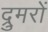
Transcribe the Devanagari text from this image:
द्रुमरों